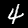
Digit: 4